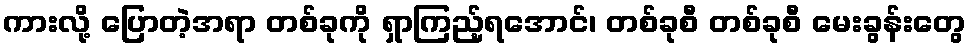
ကားလို့ ပြောတဲ့အရာ တစ်ခုကို ရှာကြည့်ရအောင်၊ တစ်ခုစီ တစ်ခုစီ မေးခွန်းတွေ